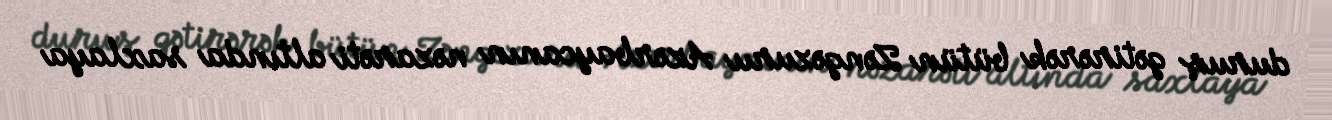
duruş gətirərək bütün Zəngəzuru Azərbaycanın nəzarəti altında saxlaya